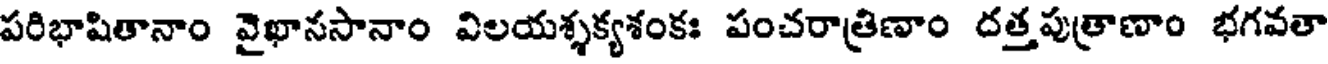
పరిభాషితానాం వైఖానసానాం విలయశ్శక్యశంకః పంచరాత్రిణాం దత్తపుత్రాణాం భగవతా